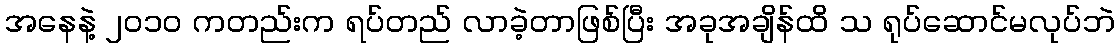
အနေနဲ့ ၂ဝ၁ဝ ကတည်းက ရပ်တည် လာခဲ့တာဖြစ်ပြီး အခုအချိန်ထိ သ ရုပ်ဆောင်မလုပ်ဘဲ